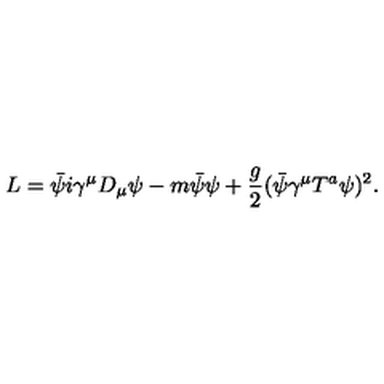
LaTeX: L = \bar { \psi } i \gamma ^ { \mu } D _ { \mu } \psi - m \bar { \psi } \psi + { \frac { g } { 2 } } ( \bar { \psi } \gamma ^ { \mu } T ^ { a } \psi ) ^ { 2 } .